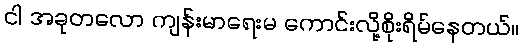
ငါ အခုတလော ကျန်းမာရေးမ ကောင်းလို့စိုးရိမ်နေတယ်။